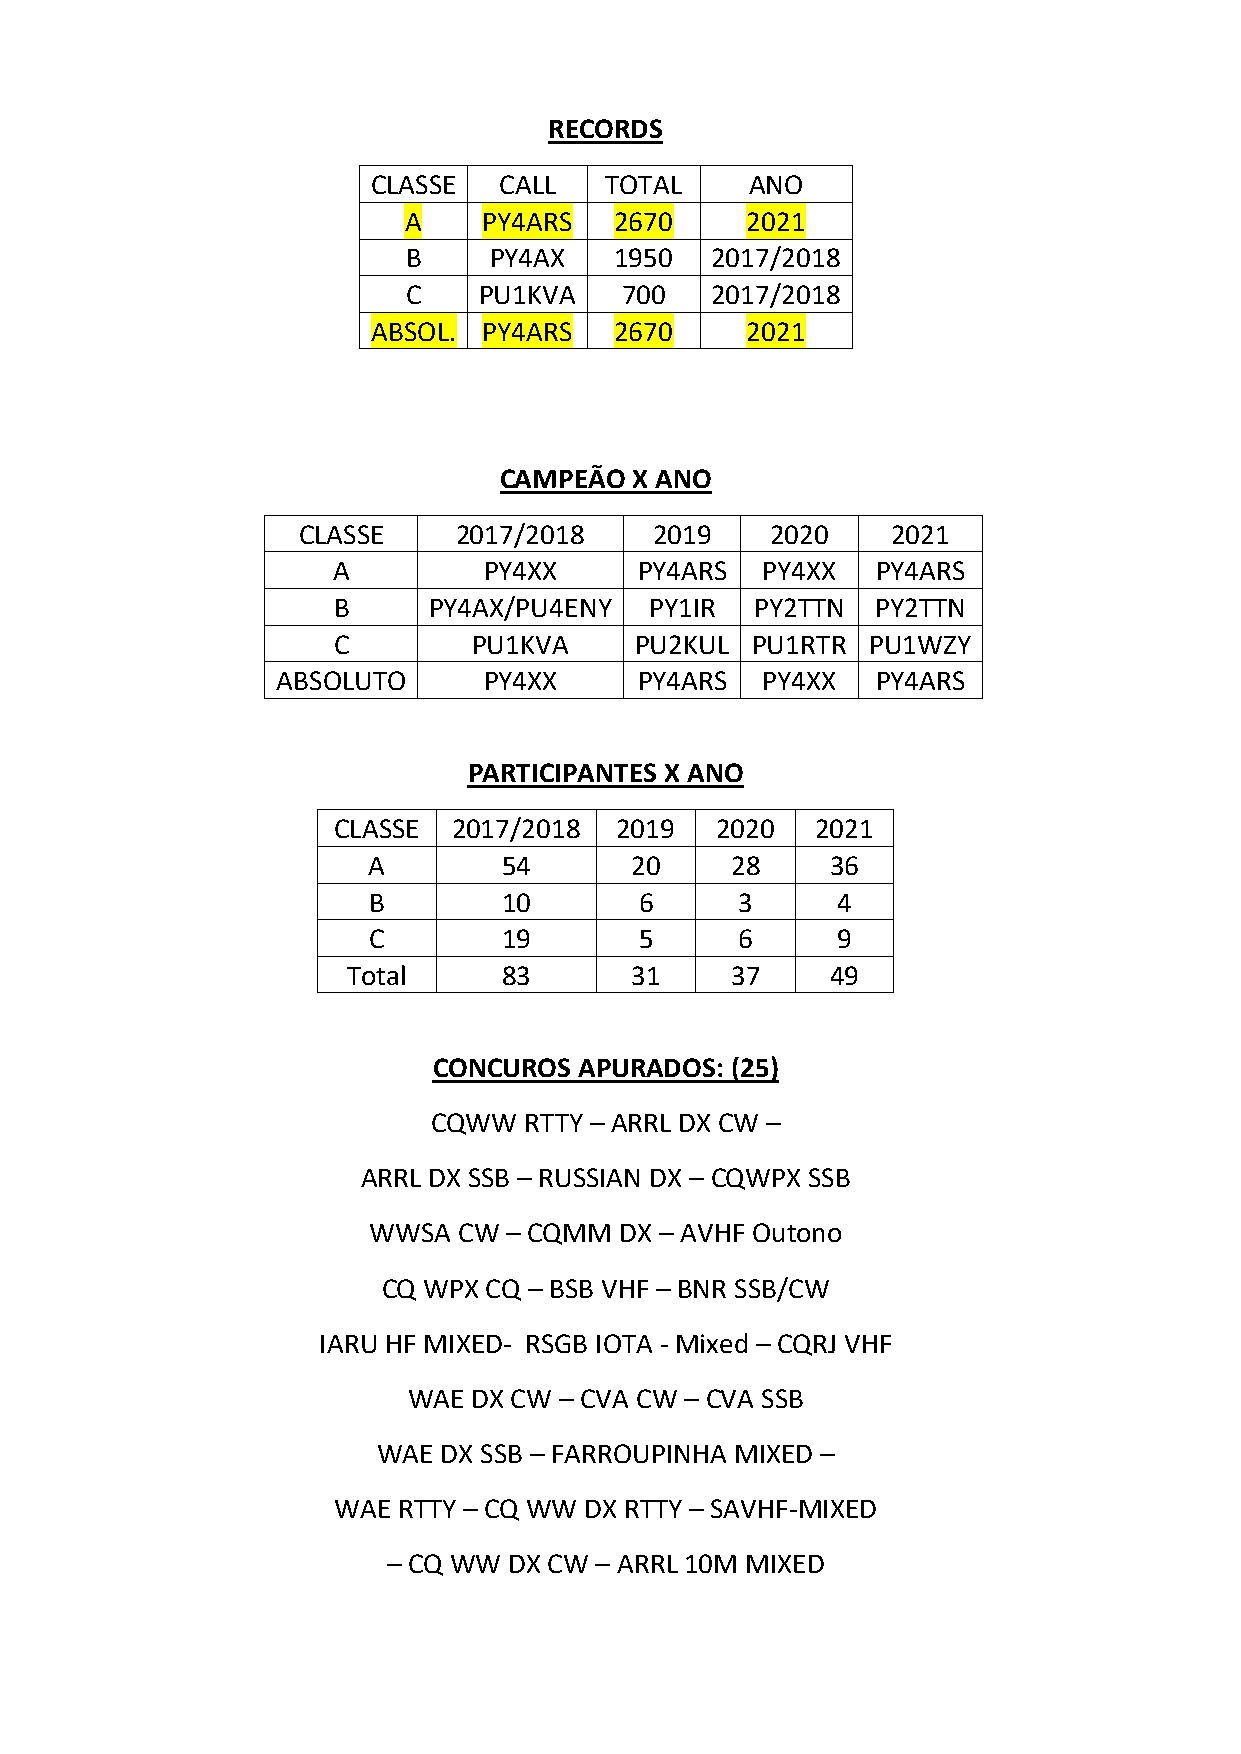
RECORDS
 CLASSE  CALL   TOTAL     ANO
 A    PY4ARS   2670    2021
 B    PY4AX    1950  2017/2018
 C    PU1KVA   700   2017/2018
 ABSOL. PY4ARS   2670    2021
 CAMPEÃO  X ANO
 CLASSE    2017/2018    2019    2020    2021
 A         PY4XX     PY4ARS  PY4XX   PY4ARS
 B     PY4AX/PU4ENY   PY1IR  PY2TTN  PY2TTN
 C        PU1KVA     PU2KUL  PU1RTR  PU1WZY
 ABSOLUTO      PY4XX     PY4ARS  PY4XX   PY4ARS
 PARTICIPANTES X ANO
 CLASSE  2017/2018  2019  2020   2021
 A        54       20    28     36
 B        10       6      3     4
 C        19       5      6     9
 Total     83       31    37     49
 CONCUROS APURADOS: (25)
 CQWW  RTTY – ARRL DX CW –
 ARRL DX SSB – RUSSIAN DX – CQWPX SSB
 WWSA  CW  – CQMM DX – AVHF Outono
 CQ WPX CQ – BSB VHF – BNR SSB/CW
 IARU HF MIXED- RSGB IOTA - Mixed – CQRJ VHF
 WAE DX CW – CVA CW – CVA SSB
 WAE DX SSB – FARROUPINHA MIXED –
 WAE RTTY – CQ WW DX RTTY – SAVHF-MIXED
 – CQ WW DX CW – ARRL 10M MIXED